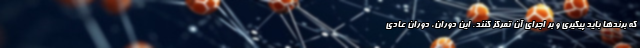
که برندها باید پیگیری و بر اجرای آن تمرکز کنند. این دوران، دوران عادی